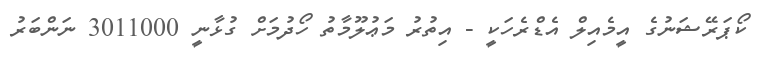
ކޯޕަރޭޝަނުގެ އީމެއިލް އެޑްރެހަކީ - އިތުރު މަޢުލޫމާތު ހޯދުމަށް ގުޅާނީ 3011000 ނަންބަރު